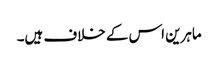
ماہرین اس کے خلاف ہیں۔